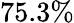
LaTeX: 75.3\%